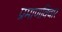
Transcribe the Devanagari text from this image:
प्रमाणविचार